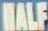
HALF